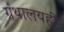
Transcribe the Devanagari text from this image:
ग्रंथालयही